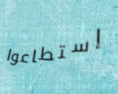
إستطاعوا